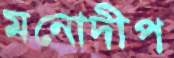
মনোদীপ